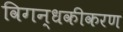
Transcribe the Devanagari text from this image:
विगन्धकीकरण